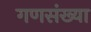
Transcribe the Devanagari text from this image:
गणसंख्या